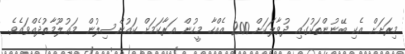
މިރަށަށް އެކި ބޭނުންތަކުގައި ދުވާލަކަށް 200 އެއްހާ މީހުން އަރާާކަމަށް ކައުންސިލުން މަޢުލޫމާތުދެއްވައެވެ.